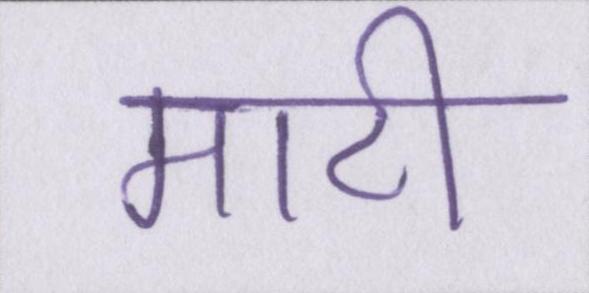
माटी